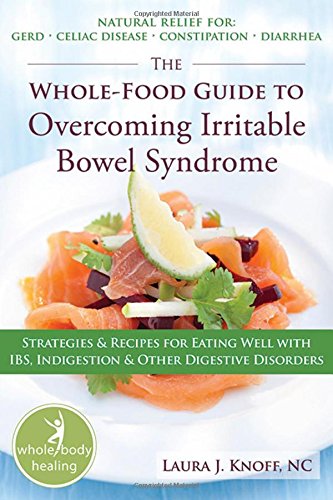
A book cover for The Whole-Food Guide to Overcoming Irritable Bowel Syndrome: Strategies and Recipes for Eating Well With IBS, Indigestion, and Other Digestive Disorders (The New Harbinger Whole-Body Healing Series); Laura Knoff NC; Health, Fitness & Dieting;